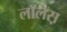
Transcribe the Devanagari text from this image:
लाॅलेस़